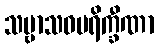
သဗ္ဗာသဝပရိက္ခီဏာ